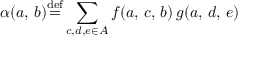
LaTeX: \alpha ( a , \, b ) { \stackrel { \mathrm { d e f } } { = } } \displaystyle \sum _ { c , d , e \in A } f ( a , \, c , \, b ) \, g ( a , \, d , \, e )